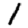
Digit: 1